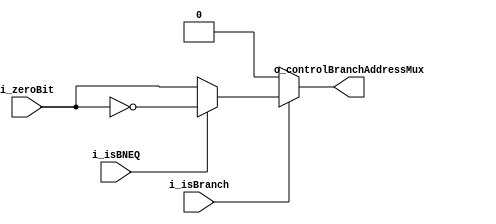
module E3_BranchControl
    (
        input wire i_zeroBit,
        input wire i_isBNEQ,//branch not equal
        input wire i_isBranch,//branch ==> esto lo pensamos por el BEQ
        output reg o_controlBranchAddressMux
    );
    
    //interface
    /*
        E3_BranchControl#()
        u1_E3_BranchControl(
            .i_zeroBit(),
            .i_isBNEQ(),
            .i_isBranch(),
            .o_controlBranchAddressMux()
        );
    */    
    
    always@(*) begin
        if(i_isBranch) begin
            if(i_isBNEQ)begin
                o_controlBranchAddressMux=~i_zeroBit;
            end
            else begin
                o_controlBranchAddressMux=i_zeroBit;
            end
        end
        else begin
            o_controlBranchAddressMux=0;
        end
    end
endmodule